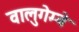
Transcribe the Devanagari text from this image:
वालुगेम्बे